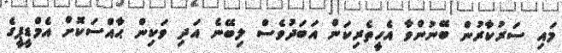
މައި ސަރުކާރުން ބޭނުންވާ އެހީތެރިކަން އަބަދުވެސް ލިބޭނެ އަދި ވަކިން ޙާއްސަކޮށް އެމްޑީޕީގެ